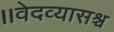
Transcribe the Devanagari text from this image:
॥वेदव्यासश्च